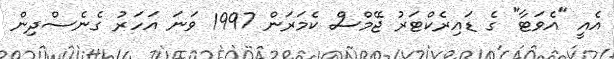
އެއީ "އެވަޓާ" ގެ ޑައިރެކްޓަރު ޖޭމްސް ކެމަރަން 1997 ވަނަ އަހަރު ގެނެސްދިން